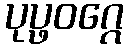
ပုပ္ဖဝဂ္ဂေ